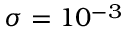
\sigma = 1 0 ^ { - 3 }